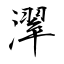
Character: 濢